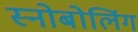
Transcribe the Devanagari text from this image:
स्नोबोलिंग